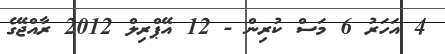
4 އަހަރު 6 މަސް ކުރިން - 12 އޭޕްރިލް 2012 ރާއްޖޭގެ